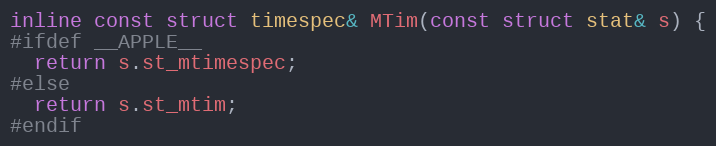
Language: C
inline const struct timespec& MTim(const struct stat& s) {
#ifdef __APPLE__
  return s.st_mtimespec;
#else
  return s.st_mtim;
#endif